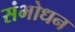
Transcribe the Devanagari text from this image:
संभोधन